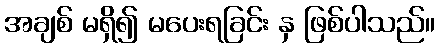
အချစ် မရှိ၍ မပေးရခြင်း နှ ဖြစ်ပါသည်။